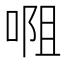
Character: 唨